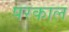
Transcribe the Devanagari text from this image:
परकाल